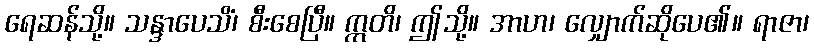
ရေဆန်သို့။ သန္ဒာပေသိံ၊ စီးစေပြီ။ ဣတိ၊ ဤသို့။ အာဟ၊ လျှောက်ဆိုပေ၏။ ရာဇာ၊